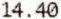
14.40